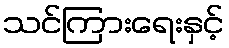
သင်ကြားရေးနှင့်